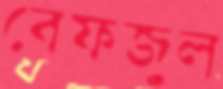
বেফজুল